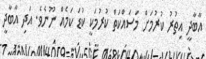
އާބާދީ އިތުރު ކުރުމަށް މަސައްކަތް ކުރުމަކީ ކުޑަ ކަމެއް ނޫނެވެ. އަދި އާބާދީ